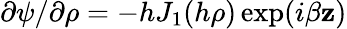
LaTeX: \partial\psi/\partial\rho=-hJ_{1}(h\rho)\exp(i\beta\mathbf{z})